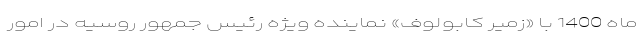
ماه 1400 با «زمیر کابولوف» نماینده ویژه رئیس جمهور روسیه در امور